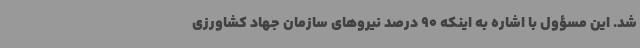
شد. این مسؤول با اشاره به اینکه 90 درصد نیروهای سازمان جهاد کشاورزی